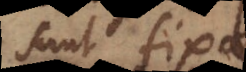
sunt fixae.